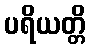
ပရိယတ္တိ